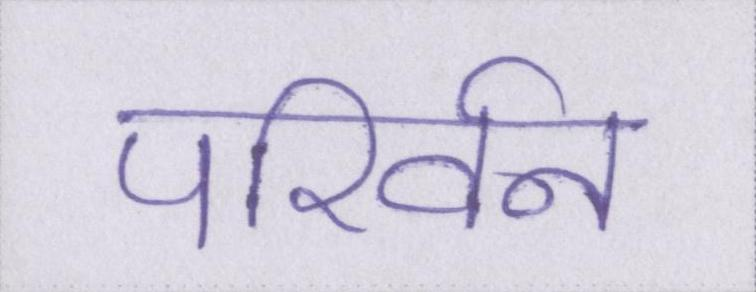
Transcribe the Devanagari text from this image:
परिर्वन